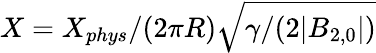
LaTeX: X=X_{phys}/(2\pi R)\sqrt{\gamma/(2|B_{2,0}|)}